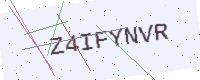
Text: Z4IFYNVR